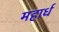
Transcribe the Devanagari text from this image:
महार्ध